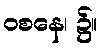
ဝစနေ၊ ၌။